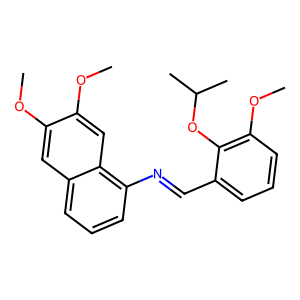
SMILES: COc1cc2cccc(N=Cc3cccc(OC)c3OC(C)C)c2cc1OC
Inhibits HIV replication: No